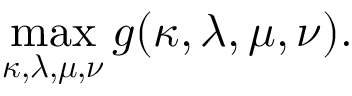
\operatorname* { m a x } _ { \boldsymbol { \kappa , \lambda , \mu , \nu } } g ( \boldsymbol { \kappa , \lambda , \mu , \nu } ) .